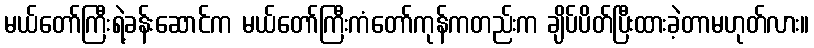
မယ်တော်ကြီးရဲ့ခန်းဆောင်က မယ်တော်ကြီးကံတော်ကုန်ကတည်းက ချိပ်ပိတ်ပြီးထားခဲ့တာမဟုတ်လား။